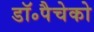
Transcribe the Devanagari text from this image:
डॉ॰पैचेको